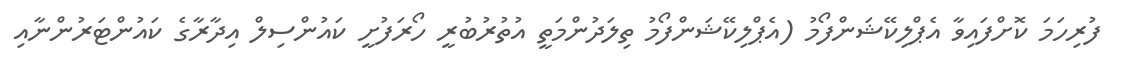
ފުރިހަމަ ކޮށްފައިވާ އެޕްލިކޭޝަންފޯމު (އެޕްލިކޭޝަންފޯމު ތިލަދުންމަތީ އުތުރުބުރީ ހޯރަފުށީ ކައުންސިލް އިދާރާގެ ކައުންޓަރުންނާއި